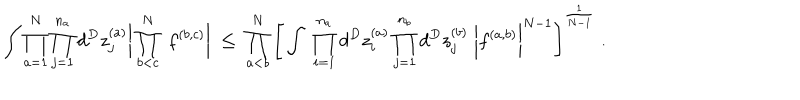
\int \prod _ { a = 1 } ^ { N } \prod _ { j = 1 } ^ { n _ { a } } d ^ { D } z _ { j } ^ { ( a ) } \bigg | \prod _ { b < c } ^ { N } \; f ^ { ( b , c ) } \bigg | \; \leq \; \prod _ { a < b } ^ { N } \Bigg [ \int \; \prod _ { i = 1 } ^ { n _ { a } } d ^ { D } z _ { i } ^ { ( a ) } \prod _ { j = 1 } ^ { n _ { b } } d ^ { D } z _ { j } ^ { ( b ) } \; \bigg | f ^ { ( a , b ) } \bigg | ^ { N - 1 } \Bigg ] ^ { \frac { 1 } { N - 1 } } \; .